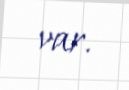
var.